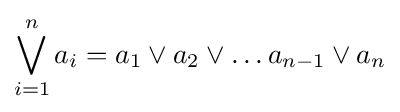
\bigvee _{i=1}^{n}a_{i}=a_{1}\lor a_{2}\lor \ldots a_{n-1}\lor a_{n}